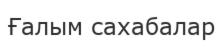
Ғалым сахабалар